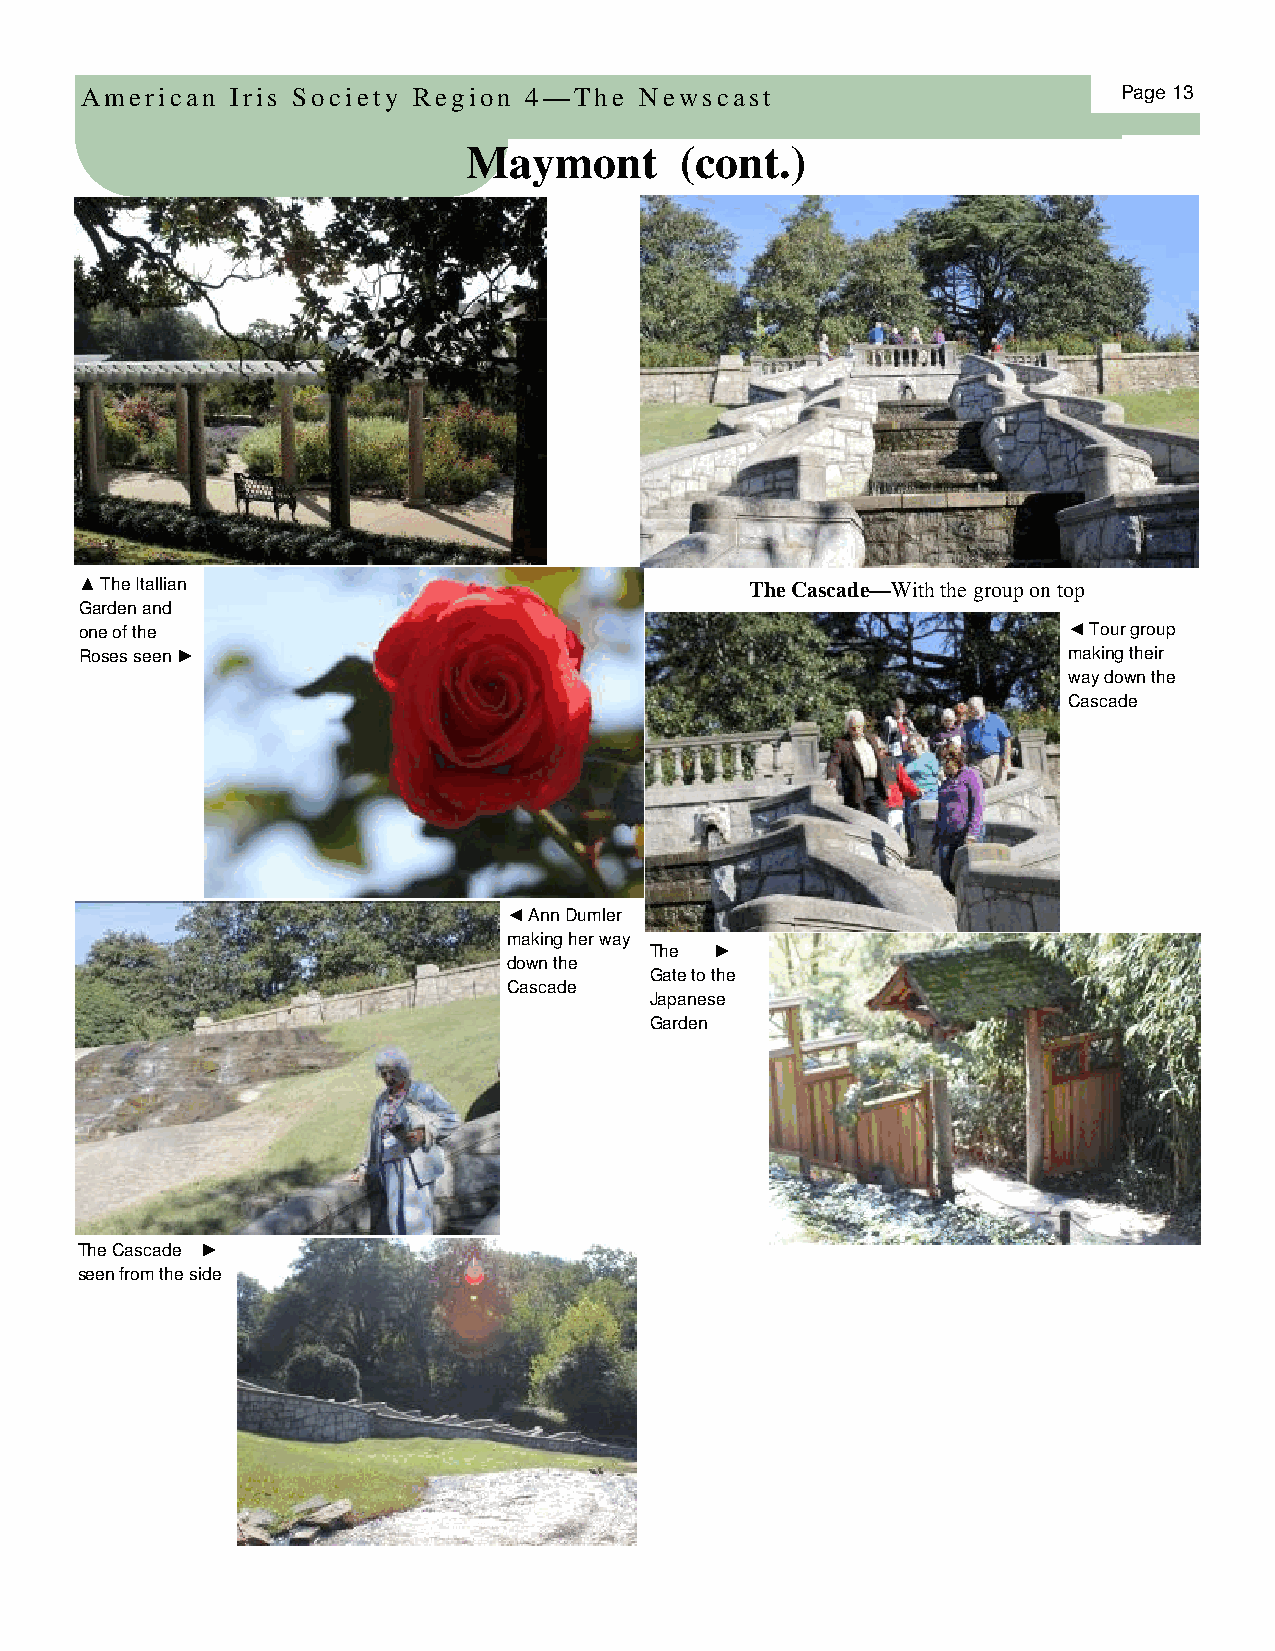
American  Iris Society Region 4—The  Newscast                        Page 13
 Maymont       (cont.)
 ▲ The Itallian                               The Cascade—With the group on top
 Garden and
 one of the                                                        ◄ Tour group
 Roses seen ►                                                      making their
 way down the
 Cascade
 ◄ Ann Dumler
 making her way
 The ►
 down the
 Gate to the
 Cascade
 Japanese
 Garden
 The Cascade ►
 seen from the side